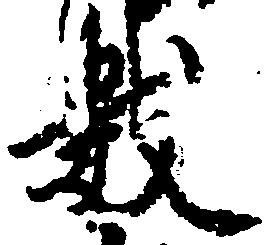
数